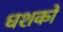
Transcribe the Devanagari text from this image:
धशकों